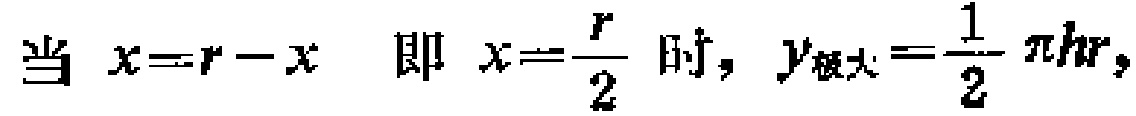
当 \(x = r - x\) 即 \(x=\frac{r}{2}\) 时, \(y_{极大}=\frac{1}{2}\pi hr\)